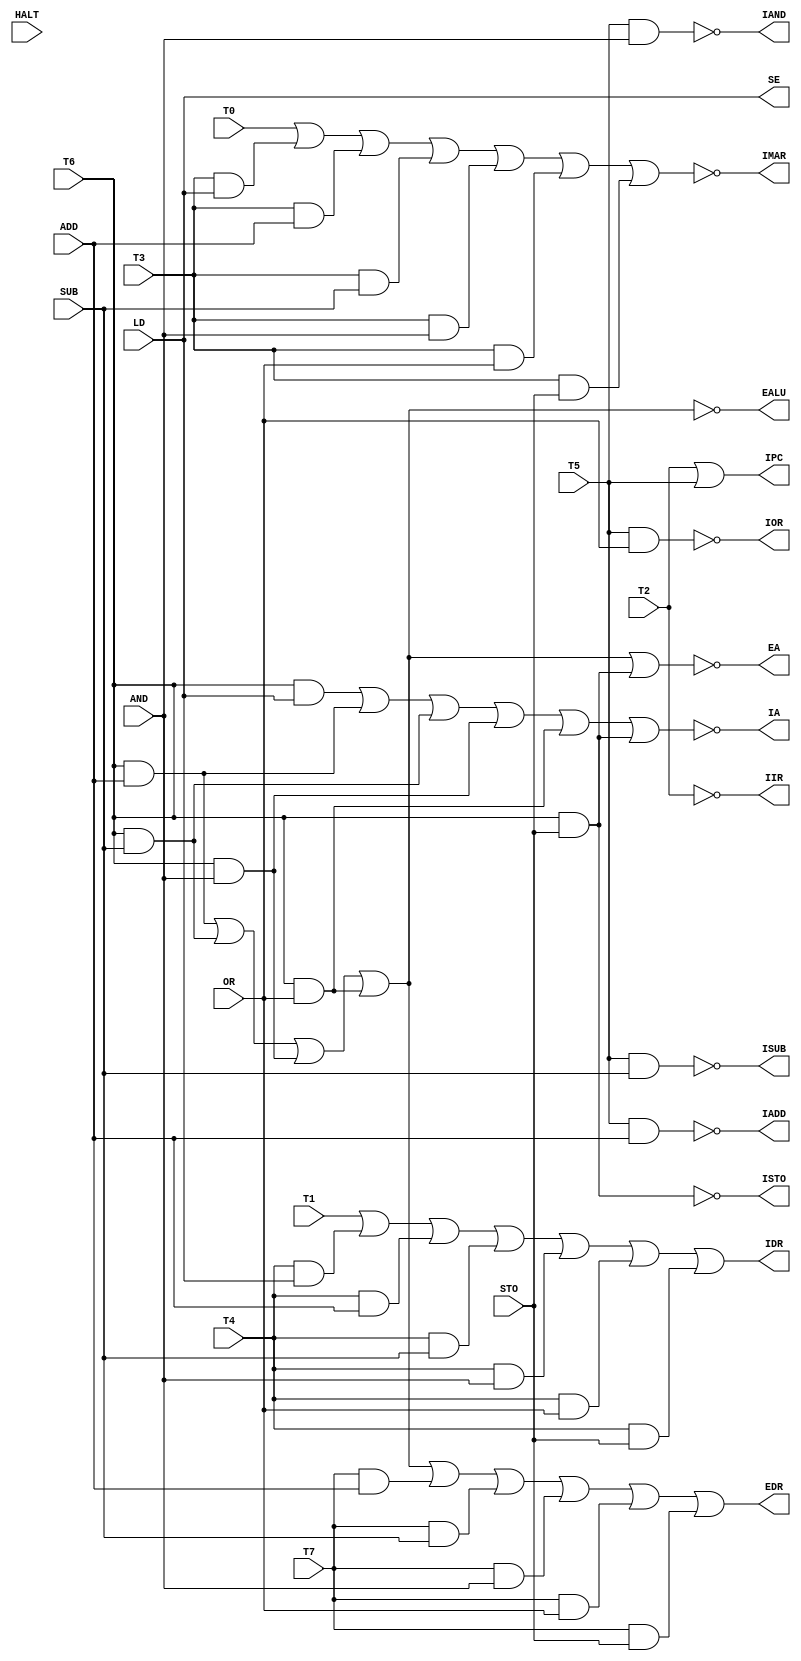
`timescale 1ns / 1ps
//////////////////////////////////////////////////////////////////////////////////
// Company: 
// Engineer: 
// 
// Design Name: 
// Module Name: control
// Project Name: 
// Target Devices: 
// Tool Versions: 
// Description: 
// 
// Dependencies: 
// 
// Revision:
// Revision 0.01 - File Created
// Additional Comments:
// 
//////////////////////////////////////////////////////////////////////////////////



module control(
input T0,T1,T2,T3,T4,T5,T6,T7,
input LD,ADD,SUB,AND,OR,STO,HALT,
output IMAR,IIR,IDR,IPC,IADD,ISUB,IAND,IOR,ISTO,EALU,IA,EA,EDR,SE
    );
assign SE = LD;
assign IMAR=~(T0|(T3&LD)|(T3&ADD)|(T3&SUB)|(T3&AND)|(T3&OR)|(T3&STO));  
assign IDR=T1|T4&LD|T4&ADD|T4&SUB|T4&AND|(T4&OR)|(T4&STO);  
assign IPC=T2|T5;//T5&LD|T5&ADD|T5&SUB|T5&AND|T5&OR|T5&STO|T5&HALT;  
assign IIR=~T2;  
assign IADD=~(T5&ADD);  
assign ISUB=~(T5&SUB);  
assign IAND=~(T5&AND);  
assign IOR=~(T5&OR);  
assign ISTO=~(T6&STO);
assign IA=~(T6&LD|T6&ADD|T6&SUB|T6&AND|T6&OR|T6&STO);  
assign EALU=~(T6&ADD|T6&SUB|T6&AND|T6&OR);//|T6&STO);  
assign EA=~(T6&ADD|T6&SUB|T6&AND|T6&OR|T6&STO);  
assign EDR=T6&ADD|T6&SUB|T6&AND|T6&OR|T7&ADD|T7&SUB|T7&AND|T7&OR|T7&STO;    
endmodule